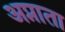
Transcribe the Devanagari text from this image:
अप्नाता